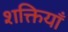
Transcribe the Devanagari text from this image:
शक्तियॉं